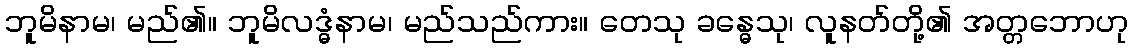
ဘူမိနာမ၊ မည်၏။ ဘူမိလဒ္ဓံနာမ၊ မည်သည်ကား။ တေသု ခန္ဓေသု၊ လူနတ်တို့၏ အတ္တဘောဟု